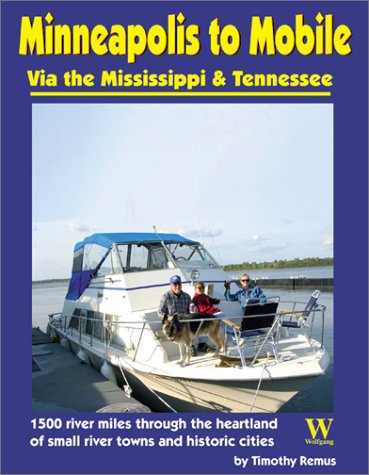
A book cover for Minneapolis to Mobile: Via the Mississippi and Tennessee; Timothy Remus; Travel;